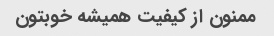
ممنون از کیفیت همیشه خوبتون